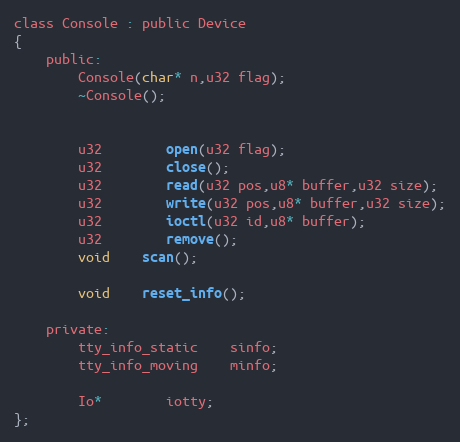
Language: C
class Console : public Device
{
	public:
		Console(char* n,u32 flag);
		~Console();

		u32		open(u32 flag);
		u32		close();
		u32		read(u32 pos,u8* buffer,u32 size);
		u32		write(u32 pos,u8* buffer,u32 size);
		u32		ioctl(u32 id,u8* buffer);
		u32		remove();
		void	scan();

		void	reset_info();

	private:
		tty_info_static	sinfo;
		tty_info_moving	minfo;

		Io*		iotty;
};